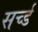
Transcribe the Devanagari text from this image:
सर्च्ड